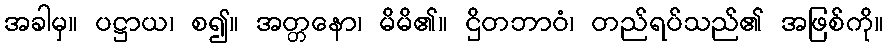
အခါမှ။ ပဋ္ဌာယ၊ စ၍။ အတ္တနော၊ မိမိ၏။ ဌိတဘာဝံ၊ တည်ရပ်သည်၏ အဖြစ်ကို။